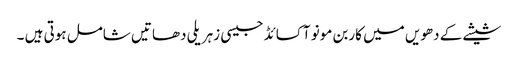
شیشے کے دھویں میں کاربن مونو آکسائڈ جیسی زہریلی دھاتیں شامل ہوتی ہیں ۔